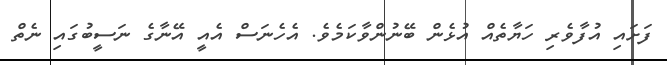
ފަށައި އުފާވެރި ހަޔާތެއް އުޅެން ބޭނުންވާކަމެވެ. އެހެނަސް އެއީ އޭނާގެ ނަސީބުގައި ނެތް